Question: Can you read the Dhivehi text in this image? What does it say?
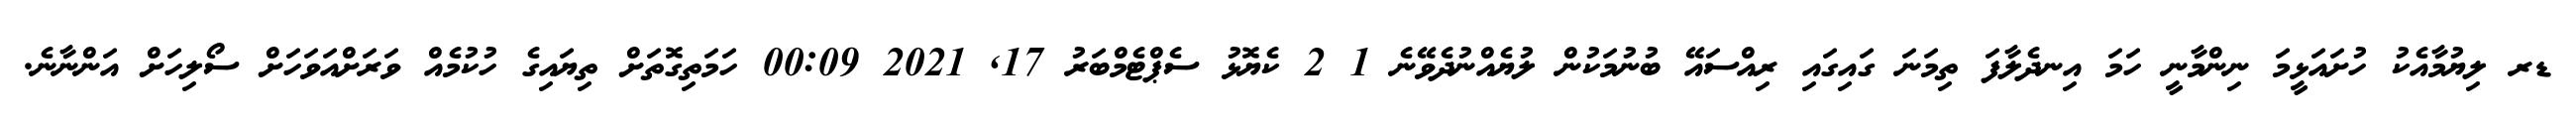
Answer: ޑރ ލިޔުމާއެކު ހުށައަޅީމަ ނިންމާނީ ހަމަ އިނދެލާފަ ތިމަނަ ގައިގައި ރިއްސައޭ ބުނުމަކުން ލުޔެއްނުދެވޭނެ 1 2 ކެޔޮޅު ސެޕްޓެމްބަރު 17, 2021 00:09 ހަމަތިގޮތަށް ތިޔައިގެ ހުކުމެއް ވަރަށްއަވަހަށް ސޯލިހަށް އަންނާނެ.